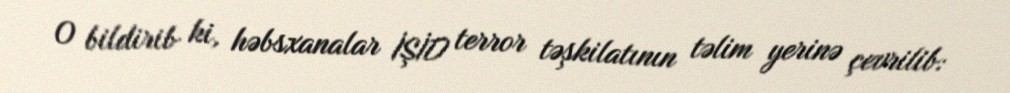
O bildirib ki, həbsxanalar İŞİD terror təşkilatının təlim yerinə çevrilib: